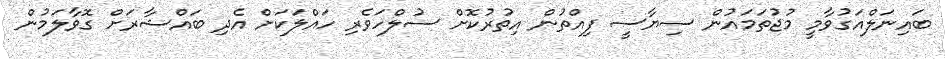
ބައިނަލްއަގުވާމީ މުޖުތަމައުން ސިޔާސީ ފިއްތުން އިތުރުކޮށް ސުލްހަވެރި ހައްލަކަށް އެދި ބައްޝާރަށް ގޮވާލަމުން